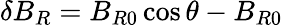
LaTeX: \delta{B_{R}}=B_{R0}\cos\theta-B_{R0}